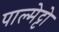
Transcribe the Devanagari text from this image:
पाल्मेट्टो